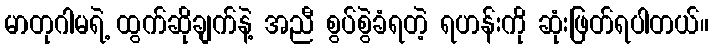
မာတုဂါမရဲ့ ထွက်ဆိုချက်နဲ့ အညီ စွပ်စွဲခံရတဲ့ ရဟန်းကို ဆုံးဖြတ်ရပါတယ်။